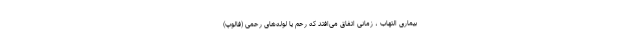
بیماری التهاب ، زمانی اتفاق می‌افتد که رحم یا لوله‌های رحمی (فالوپ)